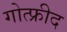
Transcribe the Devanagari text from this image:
गोत्फ्रीद